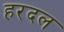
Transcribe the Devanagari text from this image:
हरदल